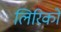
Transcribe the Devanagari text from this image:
लिरिको